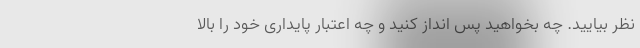
نظر بیایید. چه بخواهید پس انداز کنید و چه اعتبار پایداری خود را بالا